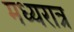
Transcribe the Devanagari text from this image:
मध्यरात्र